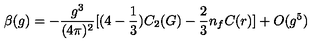
\beta ( g ) = - \frac { g ^ { 3 } } { ( 4 \pi ) ^ { 2 } } [ ( 4 - \frac { 1 } { 3 } ) C _ { 2 } ( G ) - \frac { 2 } { 3 } n _ { f } C ( r ) ] + O ( g ^ { 5 } )